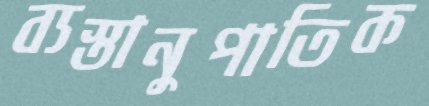
ব্যস্তানুপাতিক